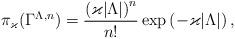
LaTeX: \begin{align*} \pi_\varkappa (\Gamma^{\Lambda, n}) = \frac{\left(\varkappa |\Lambda|\right)^n}{n!} \exp\left( - \varkappa |\Lambda| \right),\end{align*}